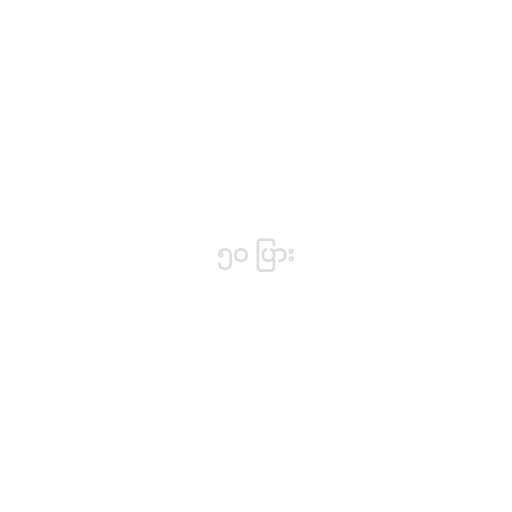
၅၀ ပြား